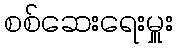
စစ်ဆေးရေးမှူး